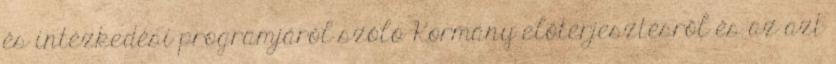
és intézkedési programjáról szóló Kormány előterjesztésről és az azt